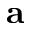
\textbf { a }